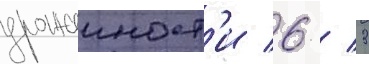
урожаиност'и 6 / 3